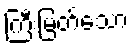
ကြီးမြတ်သော